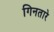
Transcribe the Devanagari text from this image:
गिनतारे